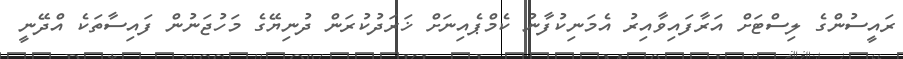
ރައީސުންގެ ލިސްޓަށް އަރާފައިވާއިރު އެމަނިކުފާނު ކެމްޕެއިނަށް ޚަރަދުކުރަން ދުނިޔޭގެ މަހުޖަނުން ފައިސާތަކެ އްދޭނީ